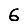
Digit: 6